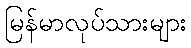
မြန်မာလုပ်သားများ